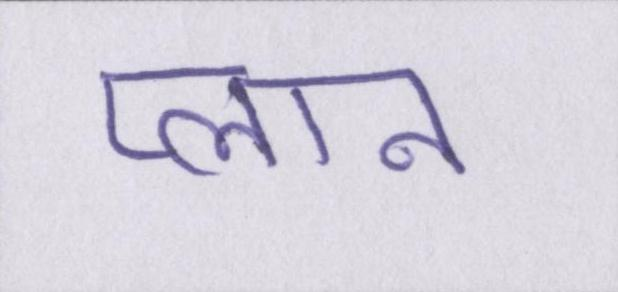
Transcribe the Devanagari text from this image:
प्लान